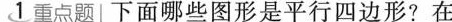
1重点题下面哪些图形是平行四边形?在